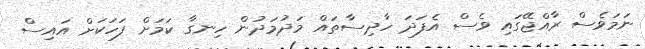
ނަމަވެސް ރާއްޖޭގައި ވެސް އެފަދަ ހާދިސާތައް މަދުމަދުން ހިނގާ ކަމަށް ފަހަކަށް އައިސް